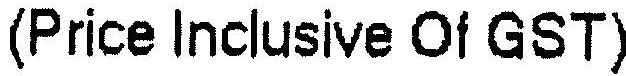
(PRICE INCLUSIVE OF GST)